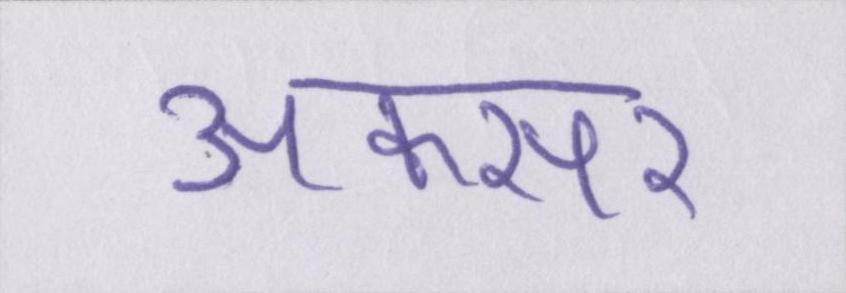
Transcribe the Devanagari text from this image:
अकसर